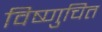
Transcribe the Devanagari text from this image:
विष्णुचित